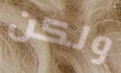
ولكن